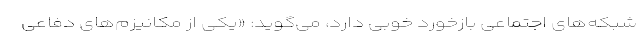
شبکه‌های اجتماعی بازخورد خوبی دارد، می‌گوید: «یکی از مکانیزم‌های دفاعی